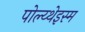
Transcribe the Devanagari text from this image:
पोल्य्थेइस्म